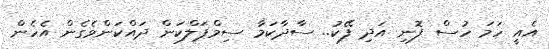
އެއީ ހަމަ ހުސް ފޮނި އަދި ފޭކު.. ސާދާކަމާ ސިމްޕަލްކަން ދައްކަންވެގެން އެހެން